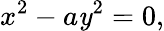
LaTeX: x^{2}-a\mathit{y}^{2}=0,